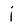
Character: j